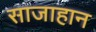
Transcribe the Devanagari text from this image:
साजाहान